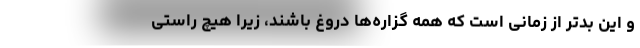
و این بدتر از زمانی است که همه گزاره‌ها دروغ باشند، زیرا هیچ راستی